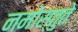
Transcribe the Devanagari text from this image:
नमोस्तुते